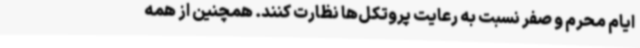
ایام محرم و صفر نسبت به رعایت پروتکل‌ها نظارت کنند. همچنین از همه